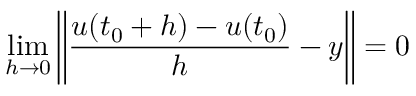
\operatorname* { l i m } _ { h \to 0 } \left\| { \frac { u ( t _ { 0 } + h ) - u ( t _ { 0 } ) } { h } } - y \right\| = 0